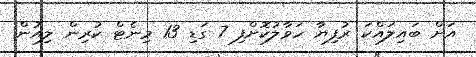
އަށް ބައިލައްކަ ރުފިޔާ ހަވާލުކޮށްފި 7 ގަޑި 13 މިނެޓް ކުރިން ލިއުން